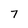
Character: 7